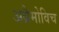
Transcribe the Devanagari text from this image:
अब्रैमोविच